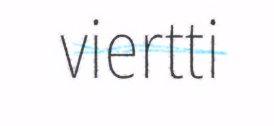
viertti